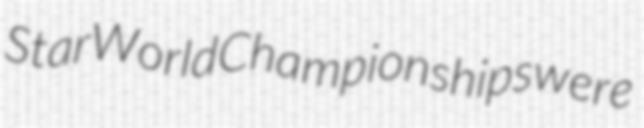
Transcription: Star World Championships were